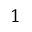
1